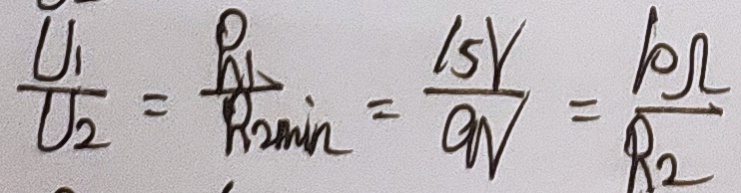
\frac { U _ { 1 } } { U _ { 2 } } = \frac { R _ { 1 } } { R _ { 2 \min } } = \frac { 1 5 V } { 9 N } = \frac { 1 0 \Omega } { R _ { 2 } }